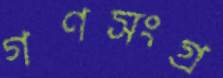
গণসংগ্র